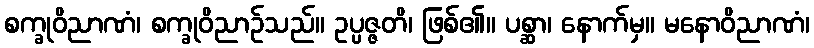
စက္ခုဝိညာဏံ၊ စက္ခုဝိညာဉ်သည်။ ဥပ္ပဇ္ဇတိ၊ ဖြစ်၏။ ပစ္ဆာ၊ နောက်မှ။ မနောဝိညာဏံ၊